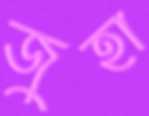
জুহা